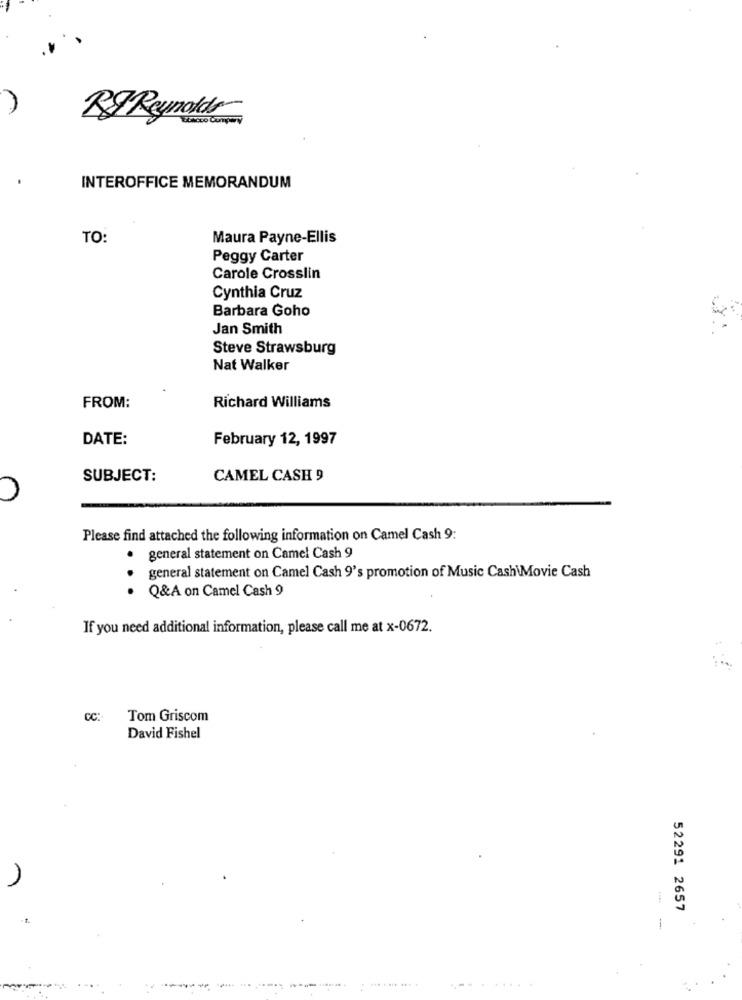
RF Reynolds
INTEROFFICE MEMORANDUM
TO:
Maura Payne-Ellis
Peggy Carter
Carole Crosslin
Cynthia Cruz
Barbara Goho
Jan Smith
Steve Strawsburg
Nat Walker
FROM:
Richard Williams
DATE:
February 12, 1997
SUBJECT:
CAMEL CASH 9
Please find attached the following information on Camel Cash 9:
· general statement on Camel Cash 9
general statement on Camel Cash 9's promotion of Music Cash\Movie Cash
.
Q&A on Camel Cash 9
If you need additional information, please call me at x-0672.
CC:
Tom Griscom
David Fishel
52291 2657